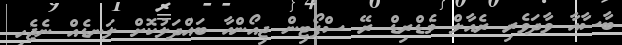
ބާސާއާ ވާދަވެރި ރެއާލް މެޑްރިޑް ރޭ ސްޕޯޓިން ޖިއޯންއާ ބައްދަލުކޮށް ލަނޑެއް ނެޖެހި